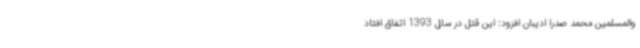
والمسلمین محمد صدرا ادیبان افزود: این قتل در سال 1393 اتفاق افتاد